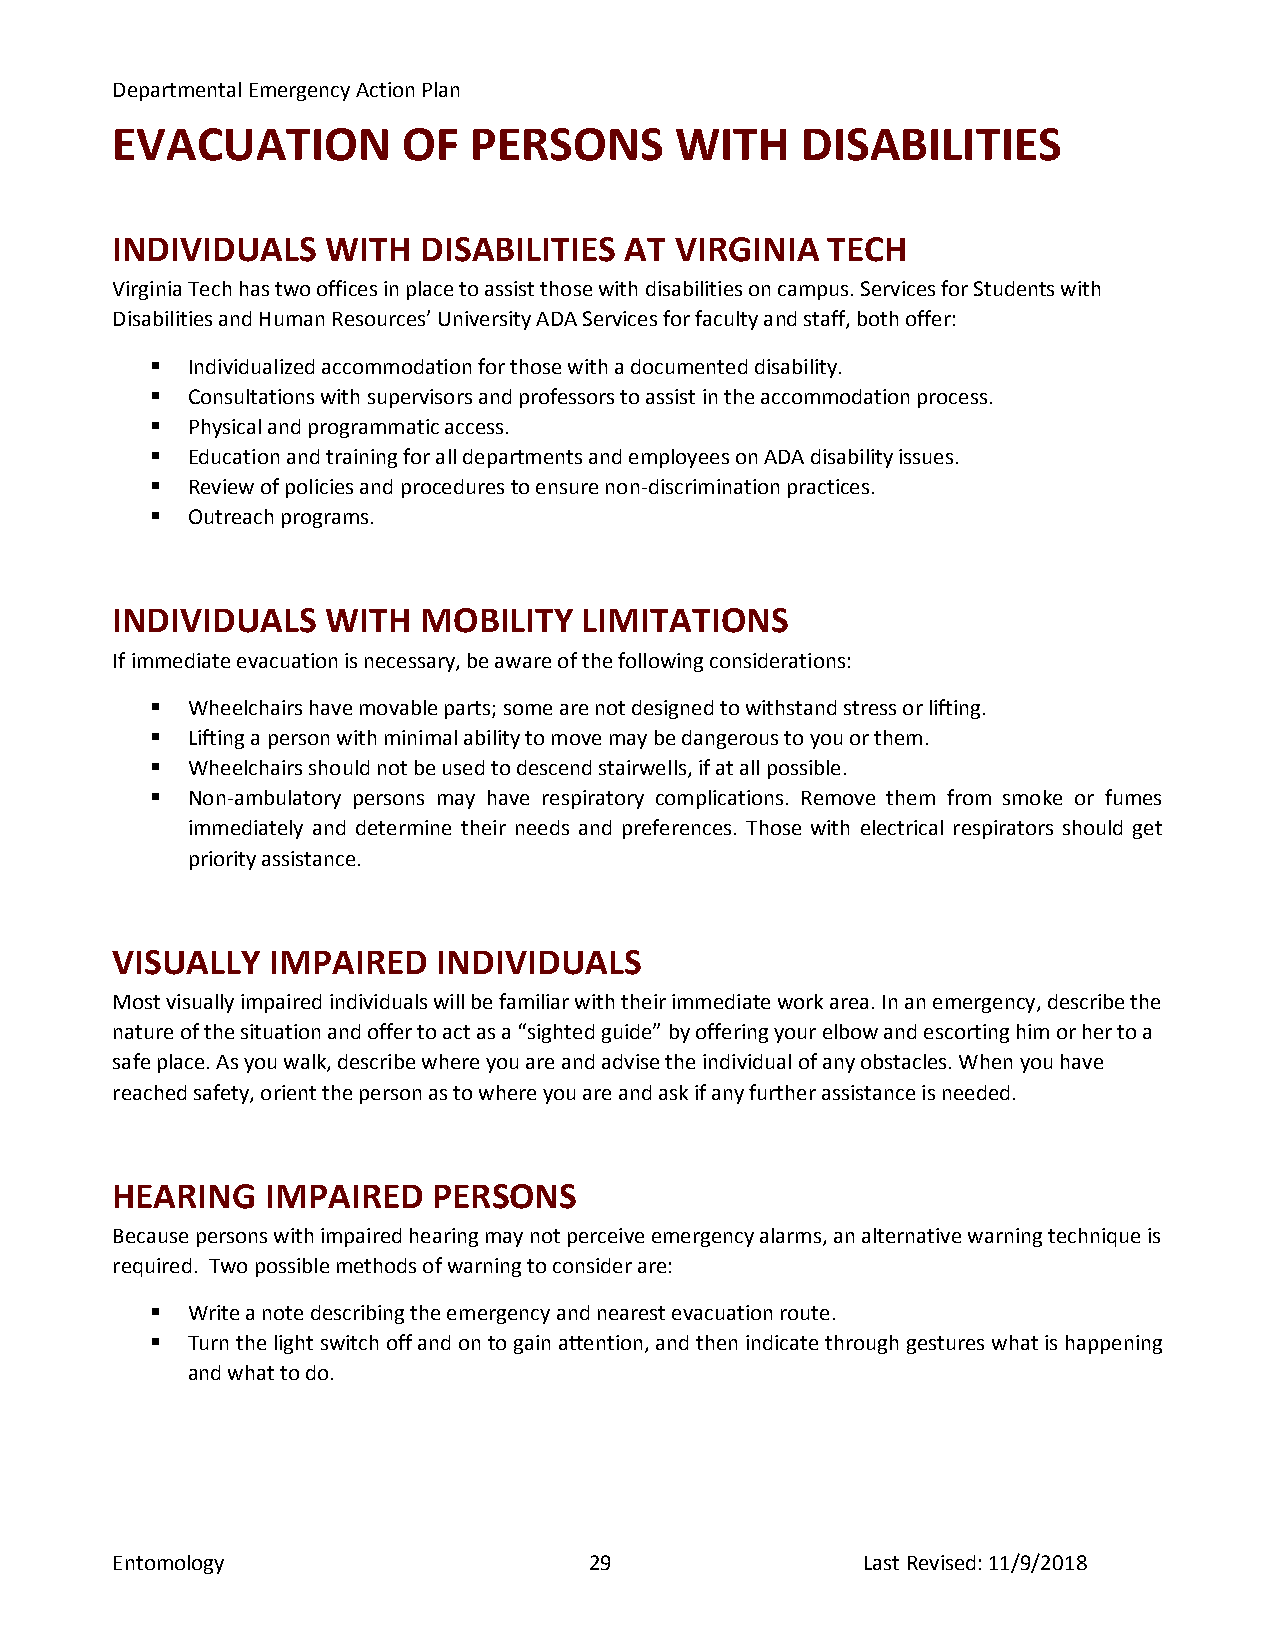
Departmental Emergency Action Plan
 EVACUATION          OF  PERSONS       WITH    DISABILITIES
 INDIVIDUALS    WITH  DISABILITIES AT  VIRGINIA  TECH
 Virginia Tech has two offices in place to assist those with disabilities on campus. Services for Students with
 Disabilities and Human Resources’ University ADA Services for faculty and staff, both offer:
  Individualized accommodation for those with a documented disability.
  Consultations with supervisors and professors to assist in the accommodation process.
  Physical and programmatic access.
  Education and training for all departments and employees on ADA disability issues.
  Review of policies and procedures to ensure non-discrimination practices.
  Outreach programs.
 INDIVIDUALS    WITH  MOBILITY   LIMITATIONS
 If immediate evacuation is necessary, be aware of the following considerations:
  Wheelchairs have movable parts; some are not designed to withstand stress or lifting.
  Lifting a person with minimal ability to move may be dangerous to you or them.
  Wheelchairs should not be used to descend stairwells, if at all possible.
  Non-ambulatory persons may have respiratory complications. Remove them from smoke or fumes
 immediately and determine their needs and preferences. Those with electrical respirators should get
 priority assistance.
 VISUALLY   IMPAIRED   INDIVIDUALS
 Most visually impaired individuals will be familiar with their immediate work area. In an emergency, describe the
 nature of the situation and offer to act as a “sighted guide” by offering your elbow and escorting him or her to a
 safe place. As you walk, describe where you are and advise the individual of any obstacles. When you have
 reached safety, orient the person as to where you are and ask if any further assistance is needed.
 HEARING    IMPAIRED   PERSONS
 Because persons with impaired hearing may not perceive emergency alarms, an alternative warning technique is
 required. Two possible methods of warning to consider are:
  Write a note describing the emergency and nearest evacuation route.
  Turn the light switch off and on to gain attention, and then indicate through gestures what is happening
 and what to do.
 Entomology                      29                Last Revised: 11/9/2018